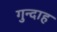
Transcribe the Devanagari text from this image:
गुन्दाह